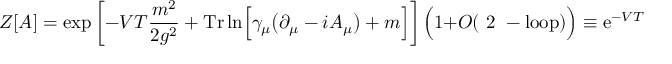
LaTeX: Z [ A ] = \exp \left[ - V T { \frac { m ^ { 2 } } { 2 g ^ { 2 } } } + \mathrm { T r } \ln \Bigl [ \gamma _ { \mu } \bigl ( \partial _ { \mu } - i A _ { \mu } \bigr ) + m \Bigr ] \right] \Bigl ( 1 + O ( \mathrm { ~ 2 ~ - l o o p } ) \Bigr ) \equiv { \mathrm e } ^ { - V T { \mathrm { \Large ~ v ~ } } _ { \mathrm { T } } } \Bigl ( 1 + O ( \mathrm { ~ 2 ~ - l o o p } ) \Bigr ) \ ,